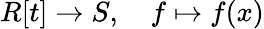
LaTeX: R[t]\to S,\quad f\mapsto f(x)